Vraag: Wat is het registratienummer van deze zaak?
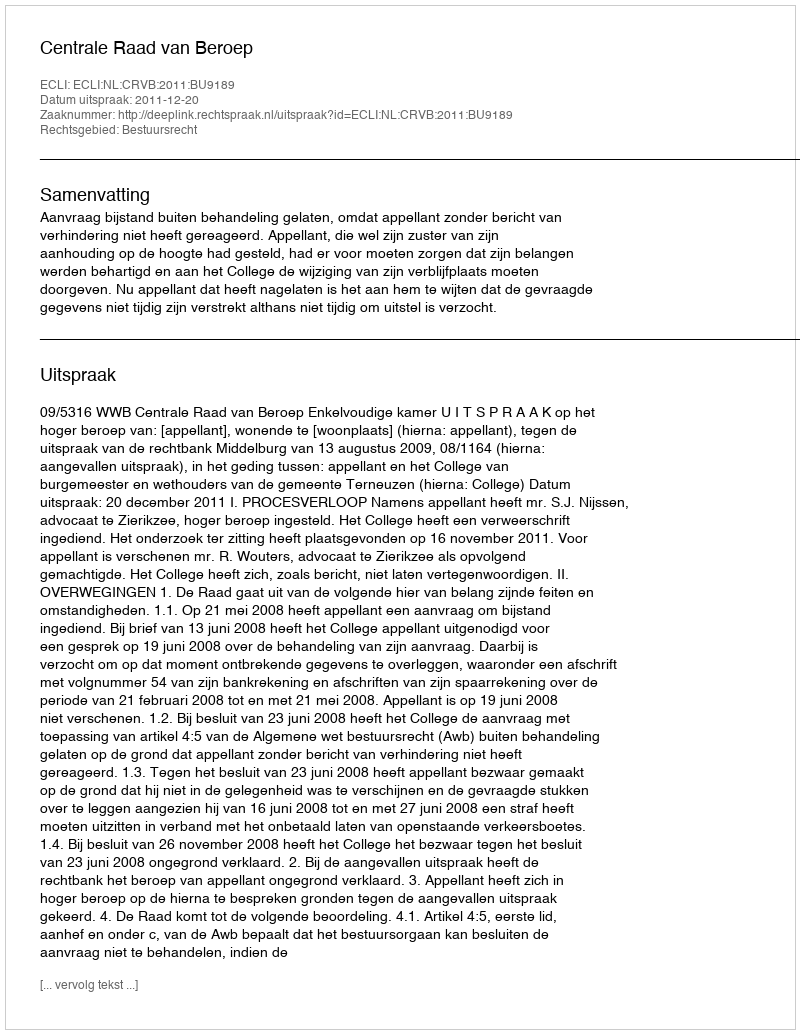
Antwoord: http://deeplink.rechtspraak.nl/uitspraak?id=ECLI:NL:CRVB:2011:BU9189